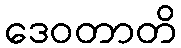
ဒေဝတာတိ